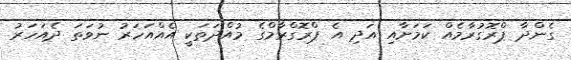
ގެންދާ ޕްރޮގުރާމެއް ކަމަށާއި އަދި އެ ޕްރޮގްރާމްގެ މުއްދަތަކީ އެއްއަހަރު ނުވަތަ ދެއަހަރު